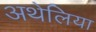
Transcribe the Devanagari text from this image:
अथेलिया